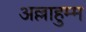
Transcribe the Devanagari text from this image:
अल्लाहुम्म